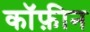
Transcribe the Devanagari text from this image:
कॉफ़ीन